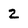
Character: 2